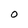
Character: O